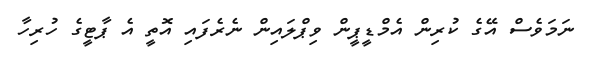
ނަމަވެސް އޭގެ ކުރިން އެމްޑީޕީން ވިޕްލައިން ނެރެފައި އޮތީ އެ ޕާޓީގެ ހުރިހާ